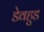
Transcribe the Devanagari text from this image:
डेवहुड